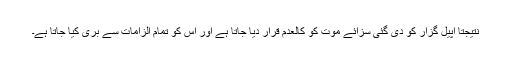
نتیجتاً اپیل گزار کو دی گئی سزائے موت کو کالعدم قرار دیا جاتا ہے اور اس کو تمام الزامات سے بری کیا جاتا ہے۔